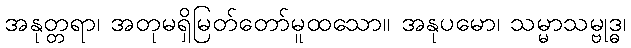
အနုတ္တရာ၊ အတုမရှိမြတ်တော်မူထသော။ အနုပမော၊ သမ္မာသမ္ဗုဒ္ဓ၊